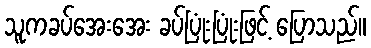
သူကခပ်အေးအေး ခပ်ပြုံးပြုံးဖြင့် ပြောသည်။